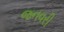
જનવરી